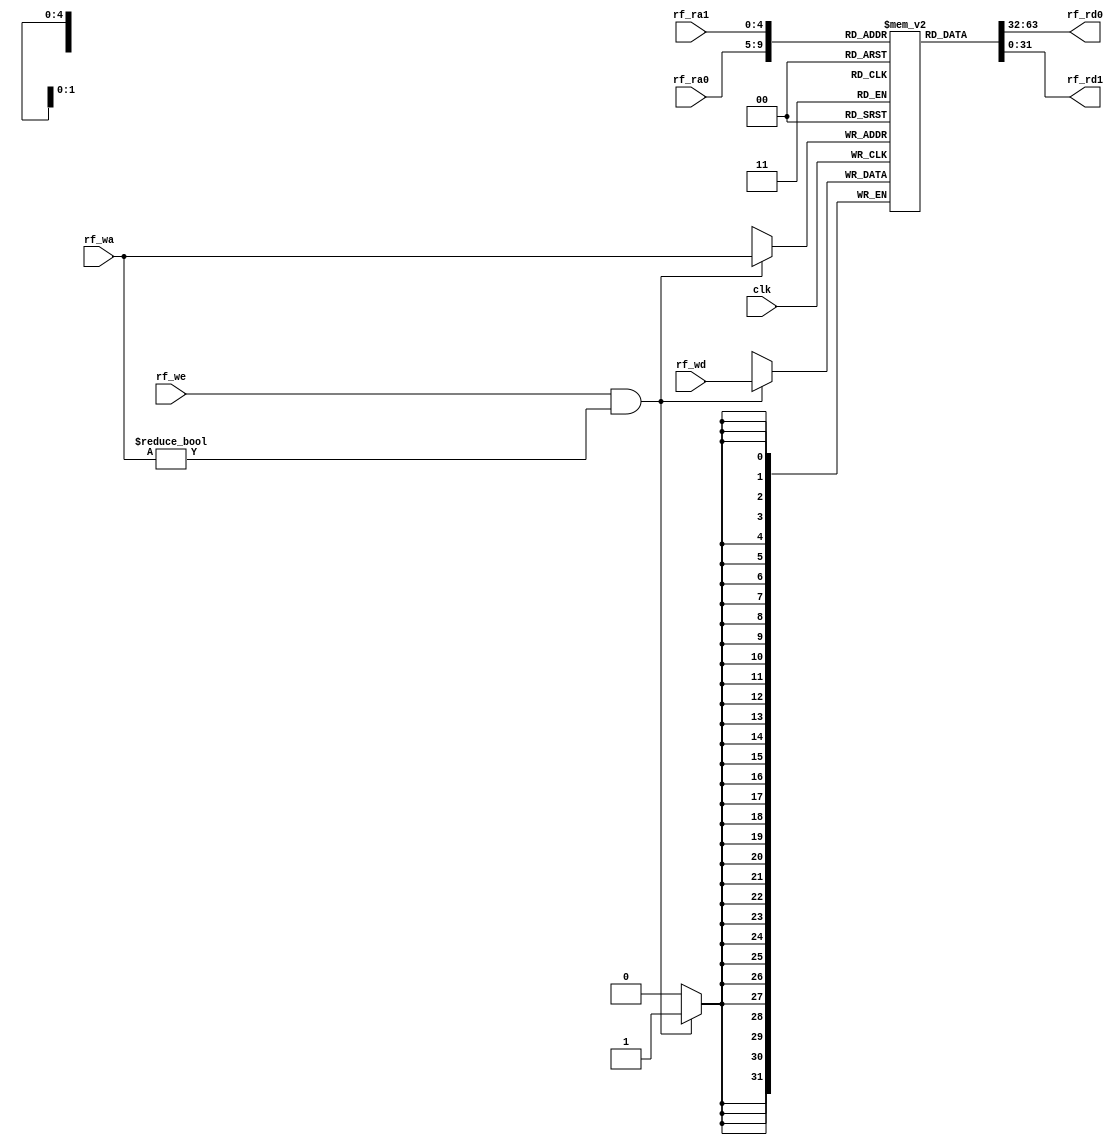
module REG_FILE (
    input                   [ 0 : 0]        clk,

    input                   [ 4 : 0]        rf_ra0,
    input                   [ 4 : 0]        rf_ra1,   
    input                   [ 4 : 0]        rf_wa,
    input                   [ 0 : 0]        rf_we,
    input                   [31 : 0]        rf_wd,

    output        reg          [31 : 0]        rf_rd0,
    output        reg          [31 : 0]        rf_rd1
);

    reg [31 : 0] reg_file [0 : 31];

    // 
    integer i;
    initial begin
        for (i = 0; i < 32; i = i + 1)
            reg_file[i] = 0;
    end

    always @(posedge clk) begin
        if(rf_we&&rf_wa!=0)begin
            reg_file[rf_wa] <= rf_wd;
        end  
    end

    always @(*) begin
        rf_rd0=reg_file[rf_ra0];
        rf_rd1=reg_file[rf_ra1];
    end


endmodule